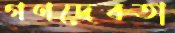
গণদেবতা